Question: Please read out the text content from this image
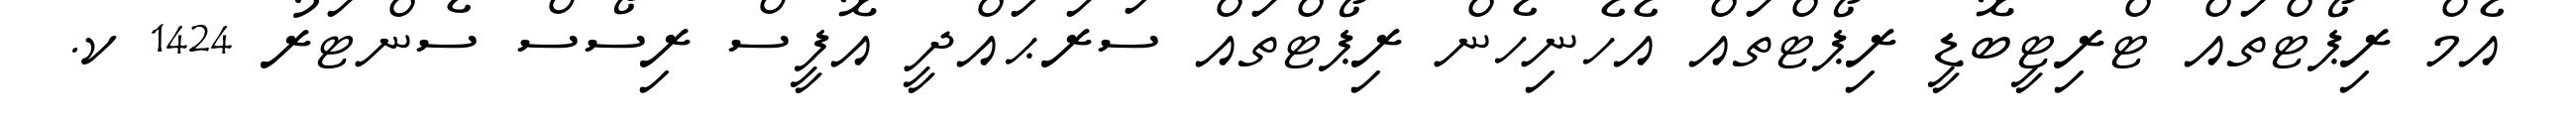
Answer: އެމް ރިޕޯޓްތައް ޓްރިޓީބޮޑީ ރިޕޯޓްތައް އެހެނިހެން ރިޕޯޓްތައް ސަރަޙައްދީ އޮފީސް ރިސޯސް ސެންޓަރު 1424 ކ.